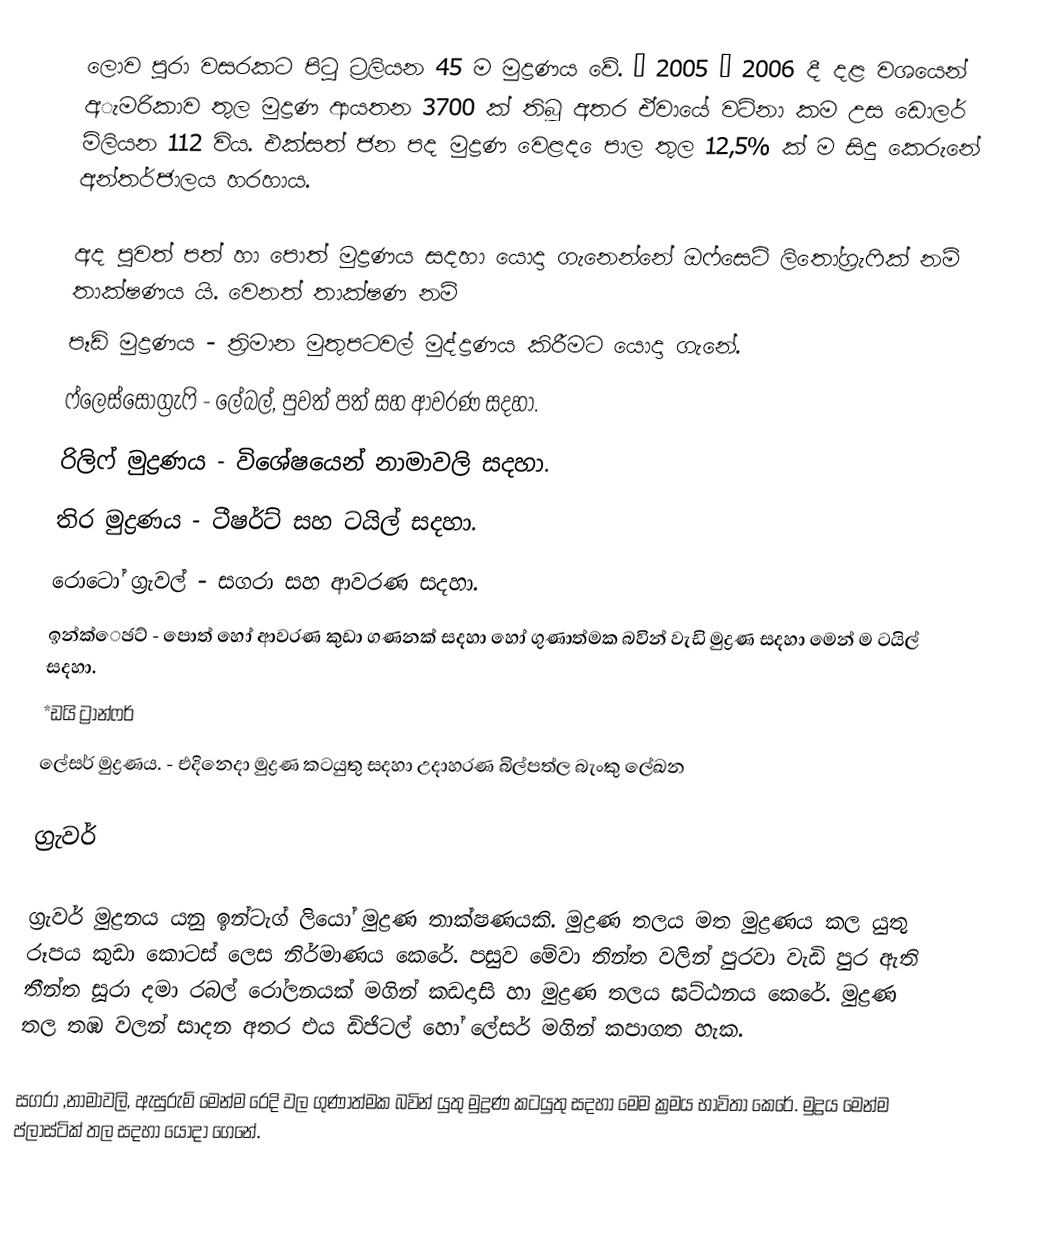
ලොව පුරා වසරකට පිටු ට්‍රලියන 45 ම මුද්‍රණය වේ. “ 2005 ” 2006 දී දළ වශයෙන් අැමරිකාව තුල මුද්‍රණ ආයතන 3700 ක් තිබූ අතර ඒවායේ වටිනා කම උස ඩොලර් මිලියන 112 විය. එක්සත් ජන පද මුද්‍රණ වෙළද ෙපාල තුල  12,5% ක් ම සිදු කෙරුනේ අන්තර්ජාලය හරහාය.

අද පුවත් පත් හා පොත් මුද්‍රණය සදහා යොදා ගැනෙන්නේ ඔෆ්සෙට් ලිතෝග්‍රැෆික් නම් තාක්ෂණය යි. වෙනත් තාක්ෂණ නම්
 පෑඩ් මුද්‍රණය - ත්‍රිමාන මුතුපටවල් මුද්ද්‍රණය කිරීමට යොදා ගැනේ.
 ෆ්ලෙස්සොග්‍රැෆි - ලේබල්, පුවත් පත් සහ ආවරණ සදහා.
රිලිෆ් මුද්‍රණය - විශේෂයෙන් නාමාවලි සදහා.
 තිර මුද්‍රණය - ටීෂර්ට් සහ ටයිල් සදහා.
 රොටෝ ග්‍රැවල් - සගරා සහ ආවරණ සදහා.
 ඉන්ක්ෙඡට් - පොත් හෝ ආවරණ කුඩා ගණනක් සදහා හෝ ගුණාත්මක බවින් වැඩි මුද්‍රණ සදහා මෙන් ම ටයිල් සදහා.
 *ඩයි ට්‍රාන්‍‍‍‍ෆර්
  ලේසර් මුද්‍රණය. - එදිනෙදා මුද්‍රණ කටයුතු සදහා උදාහරණ බිල්පත්ල බැංකු ලේඛන

ග්‍රැවර්

ග්‍රැවර් මුද්‍රනය යනු ඉන්ටැග් ලියෝ මුද්‍රණ තාක්ෂණයකි. මුද්‍රණ තලය මත මුද්‍රණය කල යුතු රූපය කුඩා කොටස් ලෙස නිර්මාණය කෙරේ. පසුව මේවා තින්ත වලින් පුරවා වැඩි පුර ඇති තීන්ත සූරා දමා රබල් රෝලනයක් මගින් කඩදාසි හා මුද්‍රණ තලය ඝට්ඨනය කෙරේ. මුද්‍රණ තල තඹ වලන් සාදන අතර එය ඩිජිටල් හෝ ලේසර් මගින් කපාගත හැක.

සගරා ,නාමාවලි, ඇසුරුම් මෙන්ම රෙදි වල ගුණාත්මක බවින් යුතු මුද්‍රණ කටයුතු සදහා මෙම ක්‍රමය භාවිතා කෙරේ. මුද්‍රය මෙන්ම ප්ලාස්ටික් තල සදහා යොදා ගෙනේ.